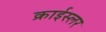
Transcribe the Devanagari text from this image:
क्राईस्लर